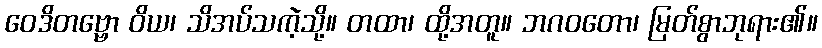
ဝေဒိတဗ္ဗော ဝိယ၊ သိအပ်သကဲ့သို့။ တထာ၊ ထို့အတူ။ ဘဂဝတော၊ မြတ်စွာဘုရား၏။